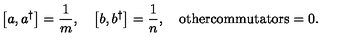
\left[ a , a ^ { \dagger } \right] = \frac { 1 } { m } , \quad \left[ b , b ^ { \dagger } \right] = \frac { 1 } { n } , \quad \mathrm { o t h e r c o m m u t a t o r s } = 0 .